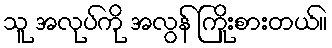
သူ အလုပ်ကို အလွန် ကြိုးစားတယ်။